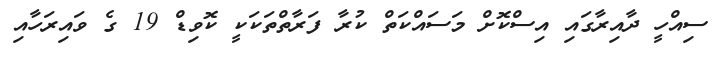
ސިއްހީ ދާއިރާގައި އިސްކޮށް މަސައްކަތް ކުރާ ފަރާތްތަކަކީ ކޮވިޑް 19 ގެ ވައިރަހާއި